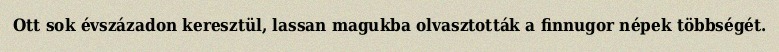
Ott sok évszázadon keresztül, lassan magukba olvasztották a finnugor népek többségét.